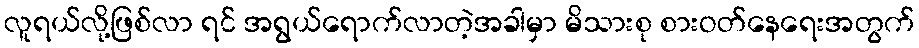
လူရယ်လို့ဖြစ်လာ ရင် အရွယ်ရောက်လာတဲ့အခါမှာ မိသားစု စားဝတ်နေရေးအတွက်